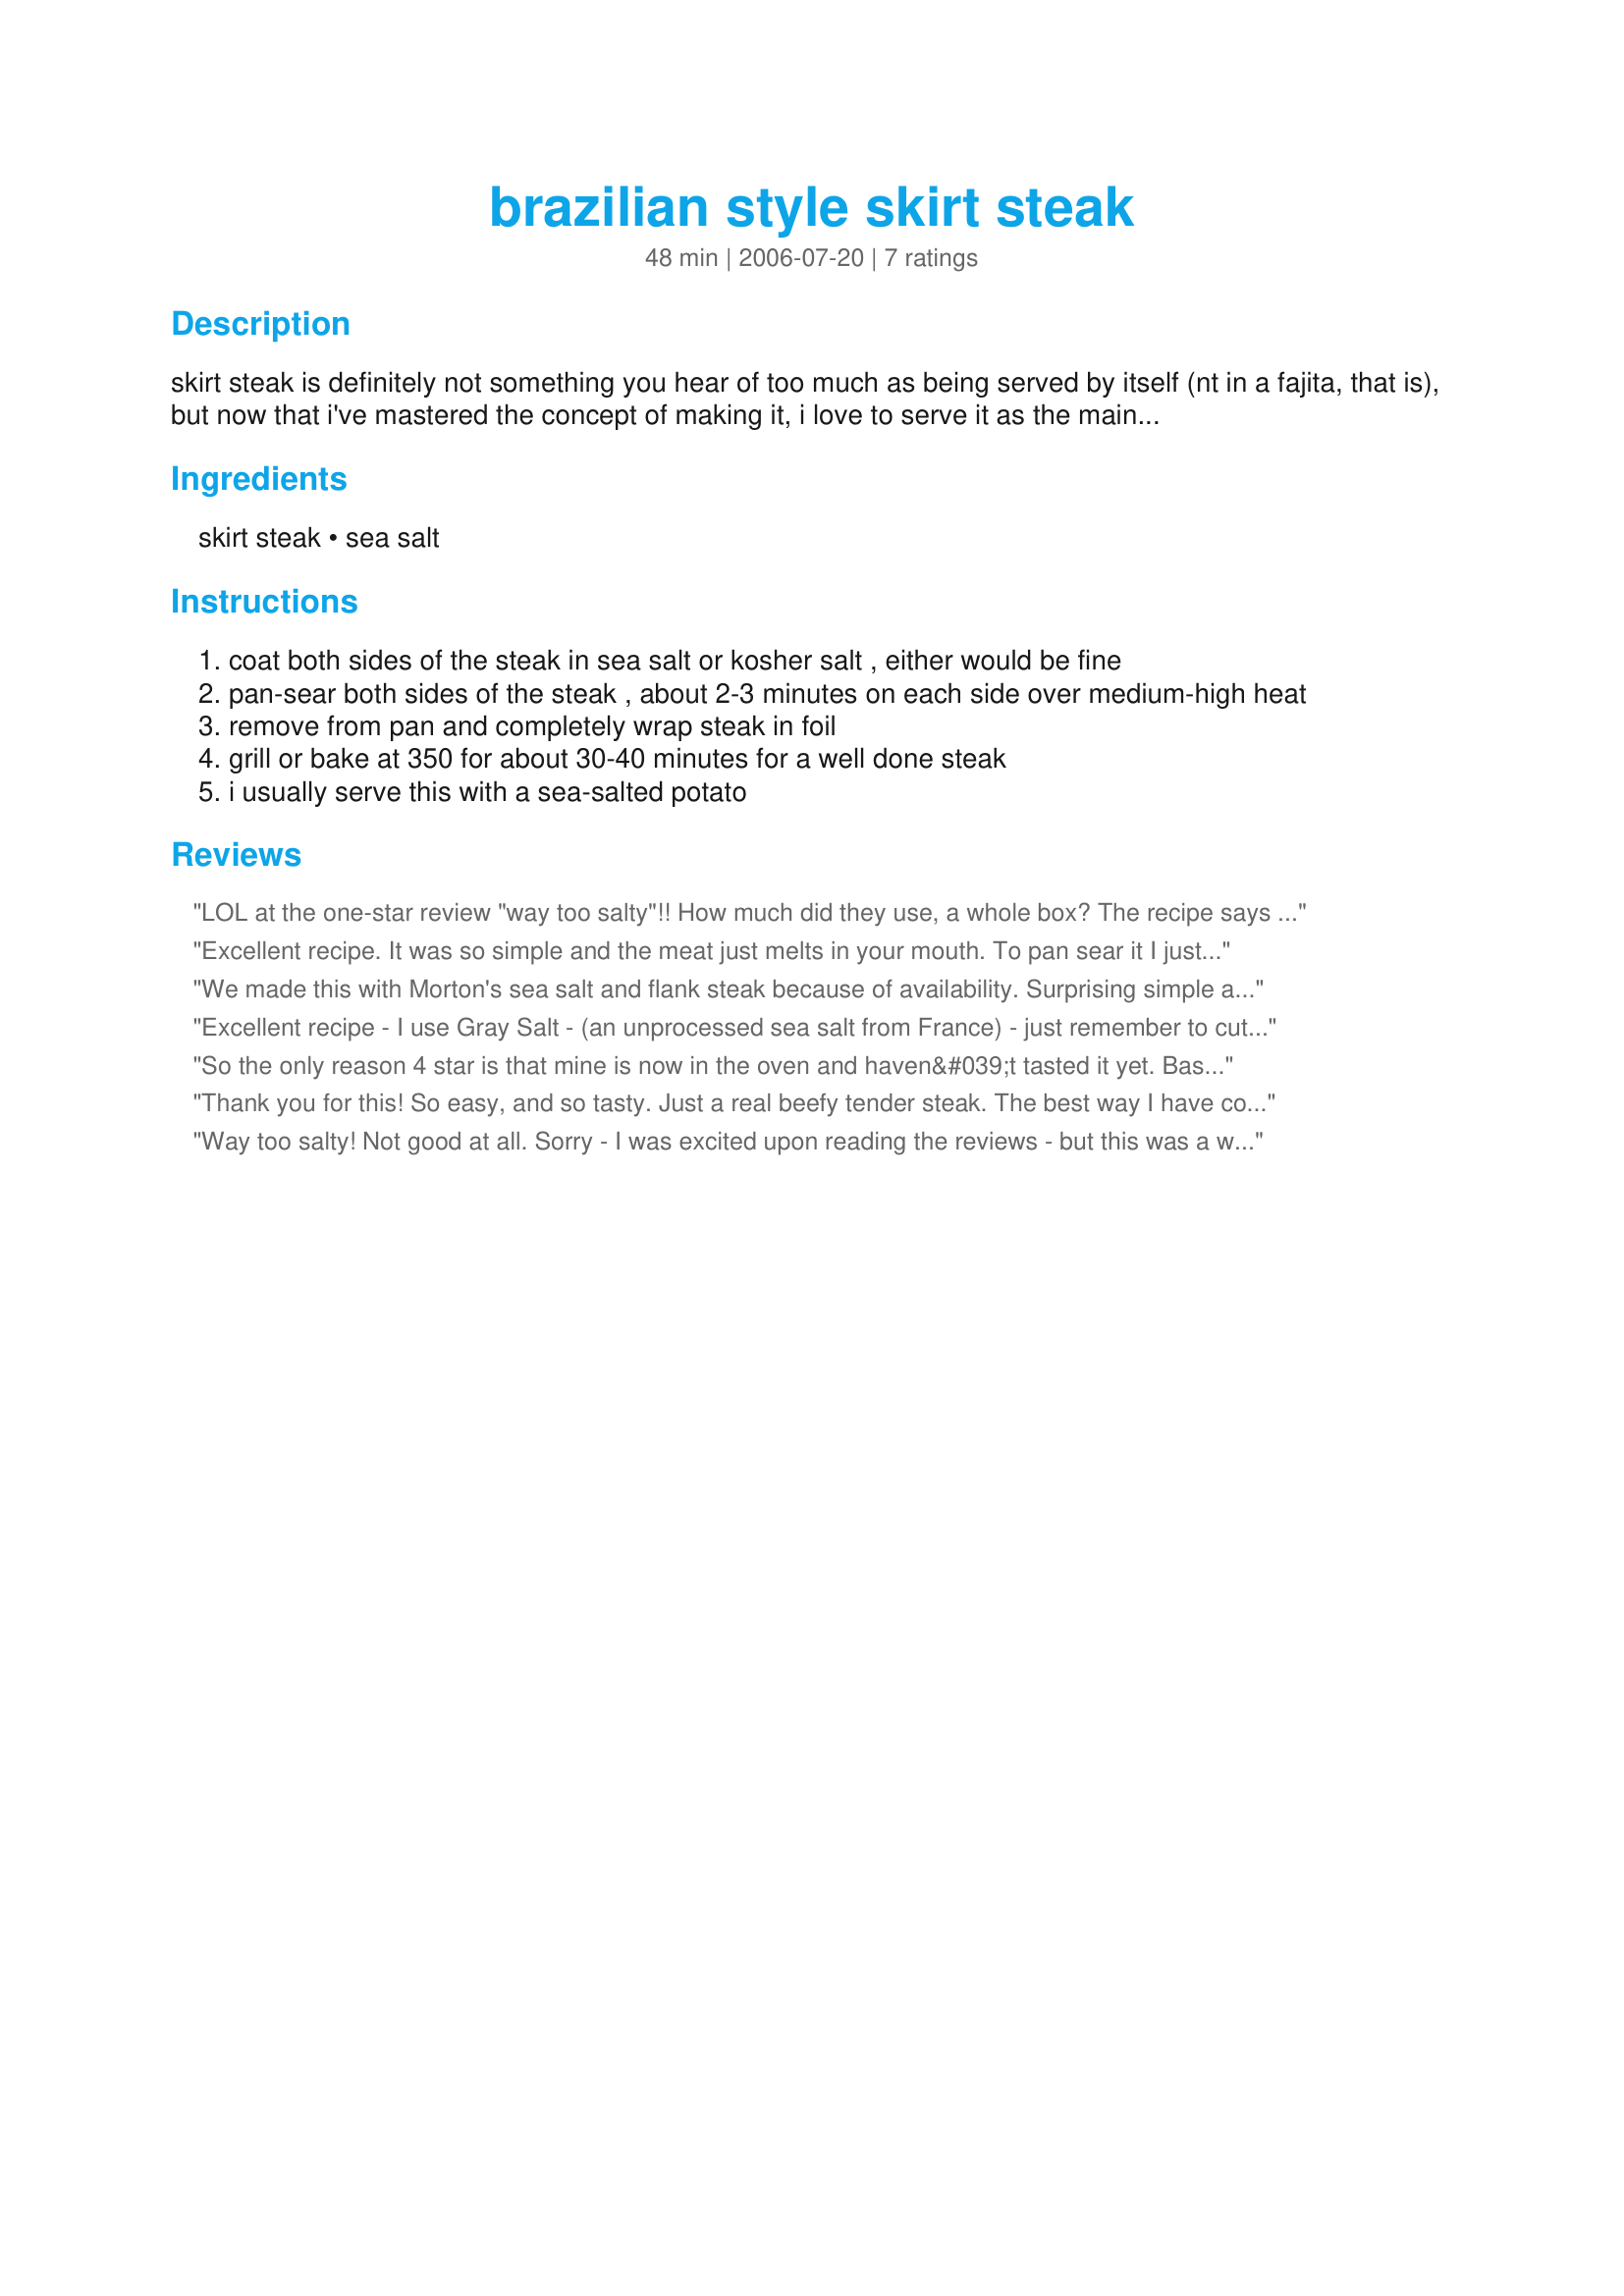
brazilian style skirt steak
Preparation time: 48 minutes

skirt steak is definitely not something you hear of too much as being served by itself (nt in a fajita, that is), but now that i've mastered the concept of making it, i love to serve it as the main course for dinner and my husband can't get enough of it. he loves brazilian steaks, which i had never attempted to tackle until a co-worker of mine told me the secret to great brazilian meat... sea salt! who would've known?!

Ingredients:
skirt steak, sea salt

Steps:
coat both sides of the steak in sea salt or kosher salt , either would be fine
pan-sear both sides of the steak , about 2-3 minutes on each side over medium-high heat
remove from pan and completely wrap steak in foil
grill or bake at 350 for about 30-40 minutes for a well done steak
i usually serve this with a sea-salted potato

Reviews:
LOL at the one-star review "way too salty"!! How much did they use, a whole box? The recipe says to use enough to coat, so I imagined you just sprinkle it like you would any food. But common sense is not often widespread.. lol..
Excellent recipe. It was so simple and the meat just melts in your mouth. To pan sear it I just cooked the meat for 2 min on each side in an electric pan.
We made this with Morton's sea salt and flank steak because of availability. Surprising simple and delicious. give it a shot
Excellent recipe - I use Gray Salt - (an unprocessed sea salt from France) - just remember to cut the steak on the bias - and more importantly - against the grain of the meat!
So the only reason 4 star is that mine is now in the oven and haven&#039;t tasted it yet. Based on the simplicity of the recipe and use of salt (which I LOVE) it gets 4 stars already.&lt;br/&gt;Though I guess I don&#039;t really know the definition of pan sear as I think I&#039;ve already maybe burnt mine from having the oil too hot.&lt;br/&gt;&lt;br/&gt;As for Chef #436648...if you can&#039;t tell what is too much salt on your own, that may be a personal problem. They&#039;re meant to be seasoned not crusted.
Thank you for this! So easy, and so tasty. Just a real beefy tender steak. The best way I have cooked skirt yet... and I have cooked HEAPS of it.
Way too salty! Not good at all.
Sorry - I was excited upon reading the reviews - but this was a waste of $$ -
